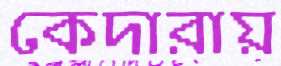
কেদারায়